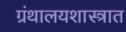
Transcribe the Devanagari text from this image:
ग्रंथालयशास्त्रात